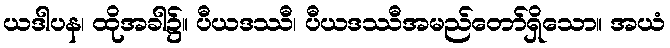
ယဒါပန၊ ထိုအခါ၌။ ပီယဒဿီ၊ ပီယဒဿီအမည်တော်ရှိသော။ အယံ